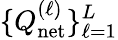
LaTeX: \{ Q_{\mathrm{net}}^{(\ell)}\} _{\ell=1}^{L}